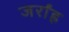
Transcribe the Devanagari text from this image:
जर्रांह